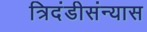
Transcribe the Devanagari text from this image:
त्रिदंडीसंन्यास